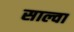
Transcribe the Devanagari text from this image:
साल्वा